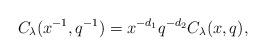
LaTeX: \begin{align*} C_{\lambda}(x^{-1},q^{-1}) = x^{-d_1}q^{-d_2} C_{\lambda}(x,q),\end{align*}